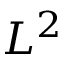
L ^ { 2 }